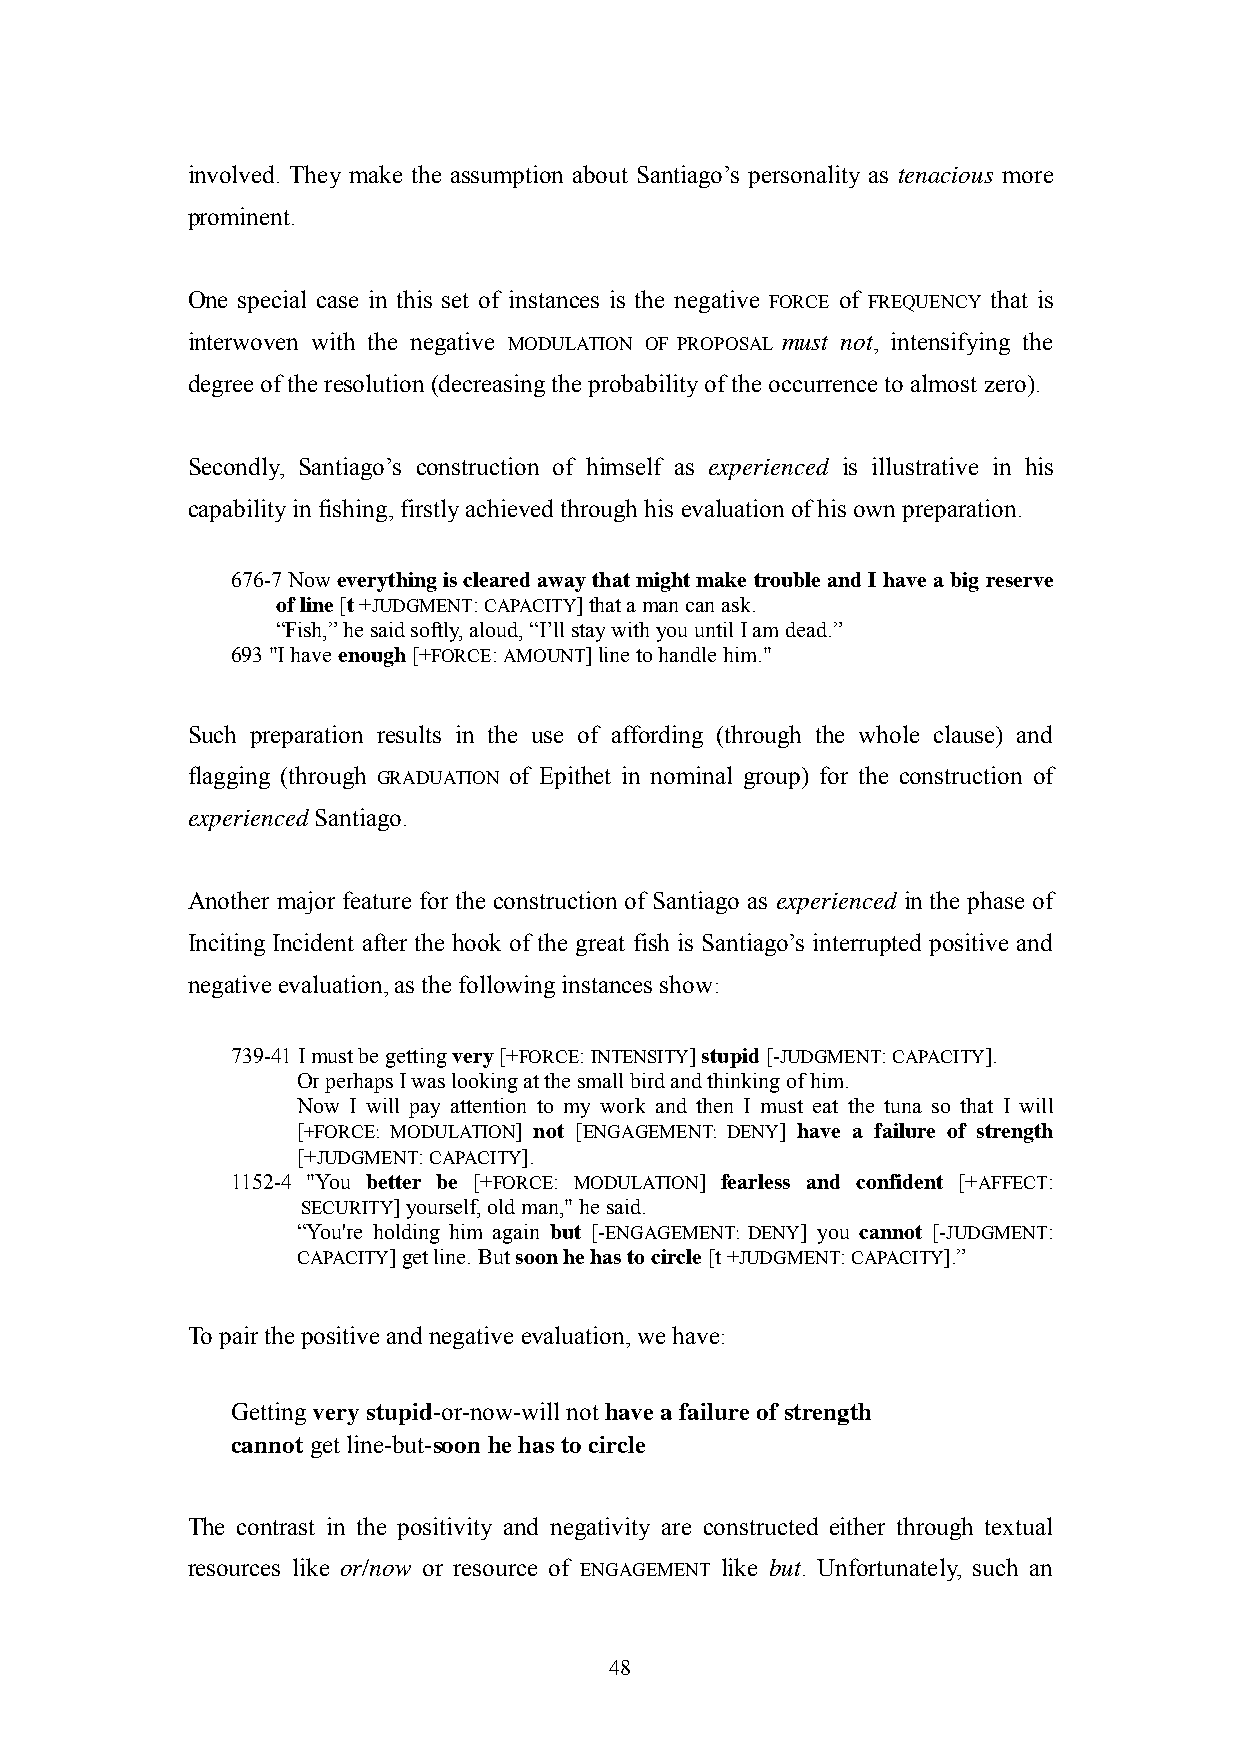
involved. They make the assumption about Santiago‘s personality as tenacious more
 prominent.
 One special case in this set of instances is the negative FORCE of FREQUENCY that is
 interwoven with the negative MODULATION OF PROPOSAL must not, intensifying the
 degree of the resolution (decreasing the probability of the occurrence to almost zero).
 Secondly, Santiago‘s construction of himself as experienced is illustrative in his
 capability in fishing, firstly achieved through his evaluation of his own preparation.
 676-7 Now everything is cleared away that might make trouble and I have a big reserve
 of line [t +JUDGMENT: CAPACITY] that a man can ask.
 ―Fish,‖ he said softly, aloud, ―I‘ll stay with you until I am dead.‖
 693 "I have enough [+FORCE: AMOUNT] line to handle him."
 Such preparation results in the use of affording (through the whole clause) and
 flagging (through GRADUATION of Epithet in nominal group) for the construction of
 experienced Santiago.
 Another major feature for the construction of Santiago as experienced in the phase of
 Inciting Incident after the hook of the great fish is Santiago‘s interrupted positive and
 negative evaluation, as the following instances show:
 739-41 I must be getting very [+FORCE: INTENSITY] stupid [-JUDGMENT: CAPACITY].
 Or perhaps I was looking at the small bird and thinking of him.
 Now I will pay attention to my work and then I must eat the tuna so that I will
 [+FORCE: MODULATION] not [ENGAGEMENT: DENY] have a failure of strength
 [+JUDGMENT: CAPACITY].
 1152-4 "You better be [+FORCE: MODULATION] fearless and confident [+AFFECT:
 SECURITY] yourself, old man," he said.
 ―You're holding him again but [-ENGAGEMENT: DENY] you cannot [-JUDGMENT:
 CAPACITY] get line. But soon he has to circle [t +JUDGMENT: CAPACITY].‖
 To pair the positive and negative evaluation, we have:
 Getting very stupid-or-now-will not have a failure of strength
 cannot get line-but-soon he has to circle
 The contrast in the positivity and negativity are constructed either through textual
 resources like or/now or resource of ENGAGEMENT like but. Unfortunately, such an
 48